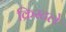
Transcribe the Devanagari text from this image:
क्रिस्टले